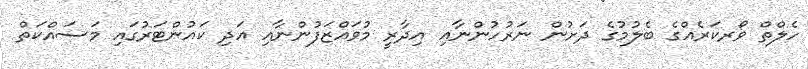
ހެލްތް ވޯރކަރެއްގެ ބެލުމުގެ ދަށުން ނަރުހުންނާއި އިދާރީ މުވައްޒަފުންނާއި އަދި ކައުންޓަރުގައި މަސައްކަތް